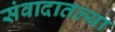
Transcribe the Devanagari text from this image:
संवादातल्या